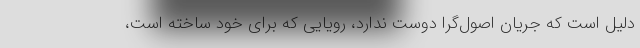
دلیل است که جریان اصول‌گرا دوست ندارد، رویایی که برای خود ساخته است،